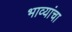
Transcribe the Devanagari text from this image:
भाव्यांचा